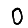
Digit: 0